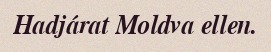
Hadjárat Moldva ellen.